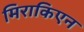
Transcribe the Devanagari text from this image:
मिराकिएन